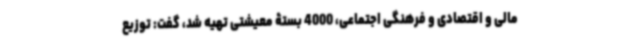
مالی و اقتصادی و فرهنگی اجتماعی، 4000 بستۀ معیشتی تهیه شد، گفت: توزیع